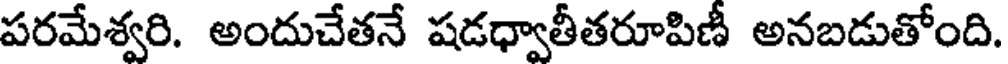
పరమేశ్వరి. అందుచేతనే షడధ్వాతీతరూపిణీ అనబడుతోంది.